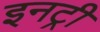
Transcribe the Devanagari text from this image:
इनट्री